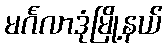
မင်္ဂလာဒုံမြို့နယ်